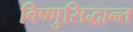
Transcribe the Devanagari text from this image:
विष्णुसिद्धान्त